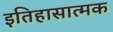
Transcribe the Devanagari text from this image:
इतिहासात्मक